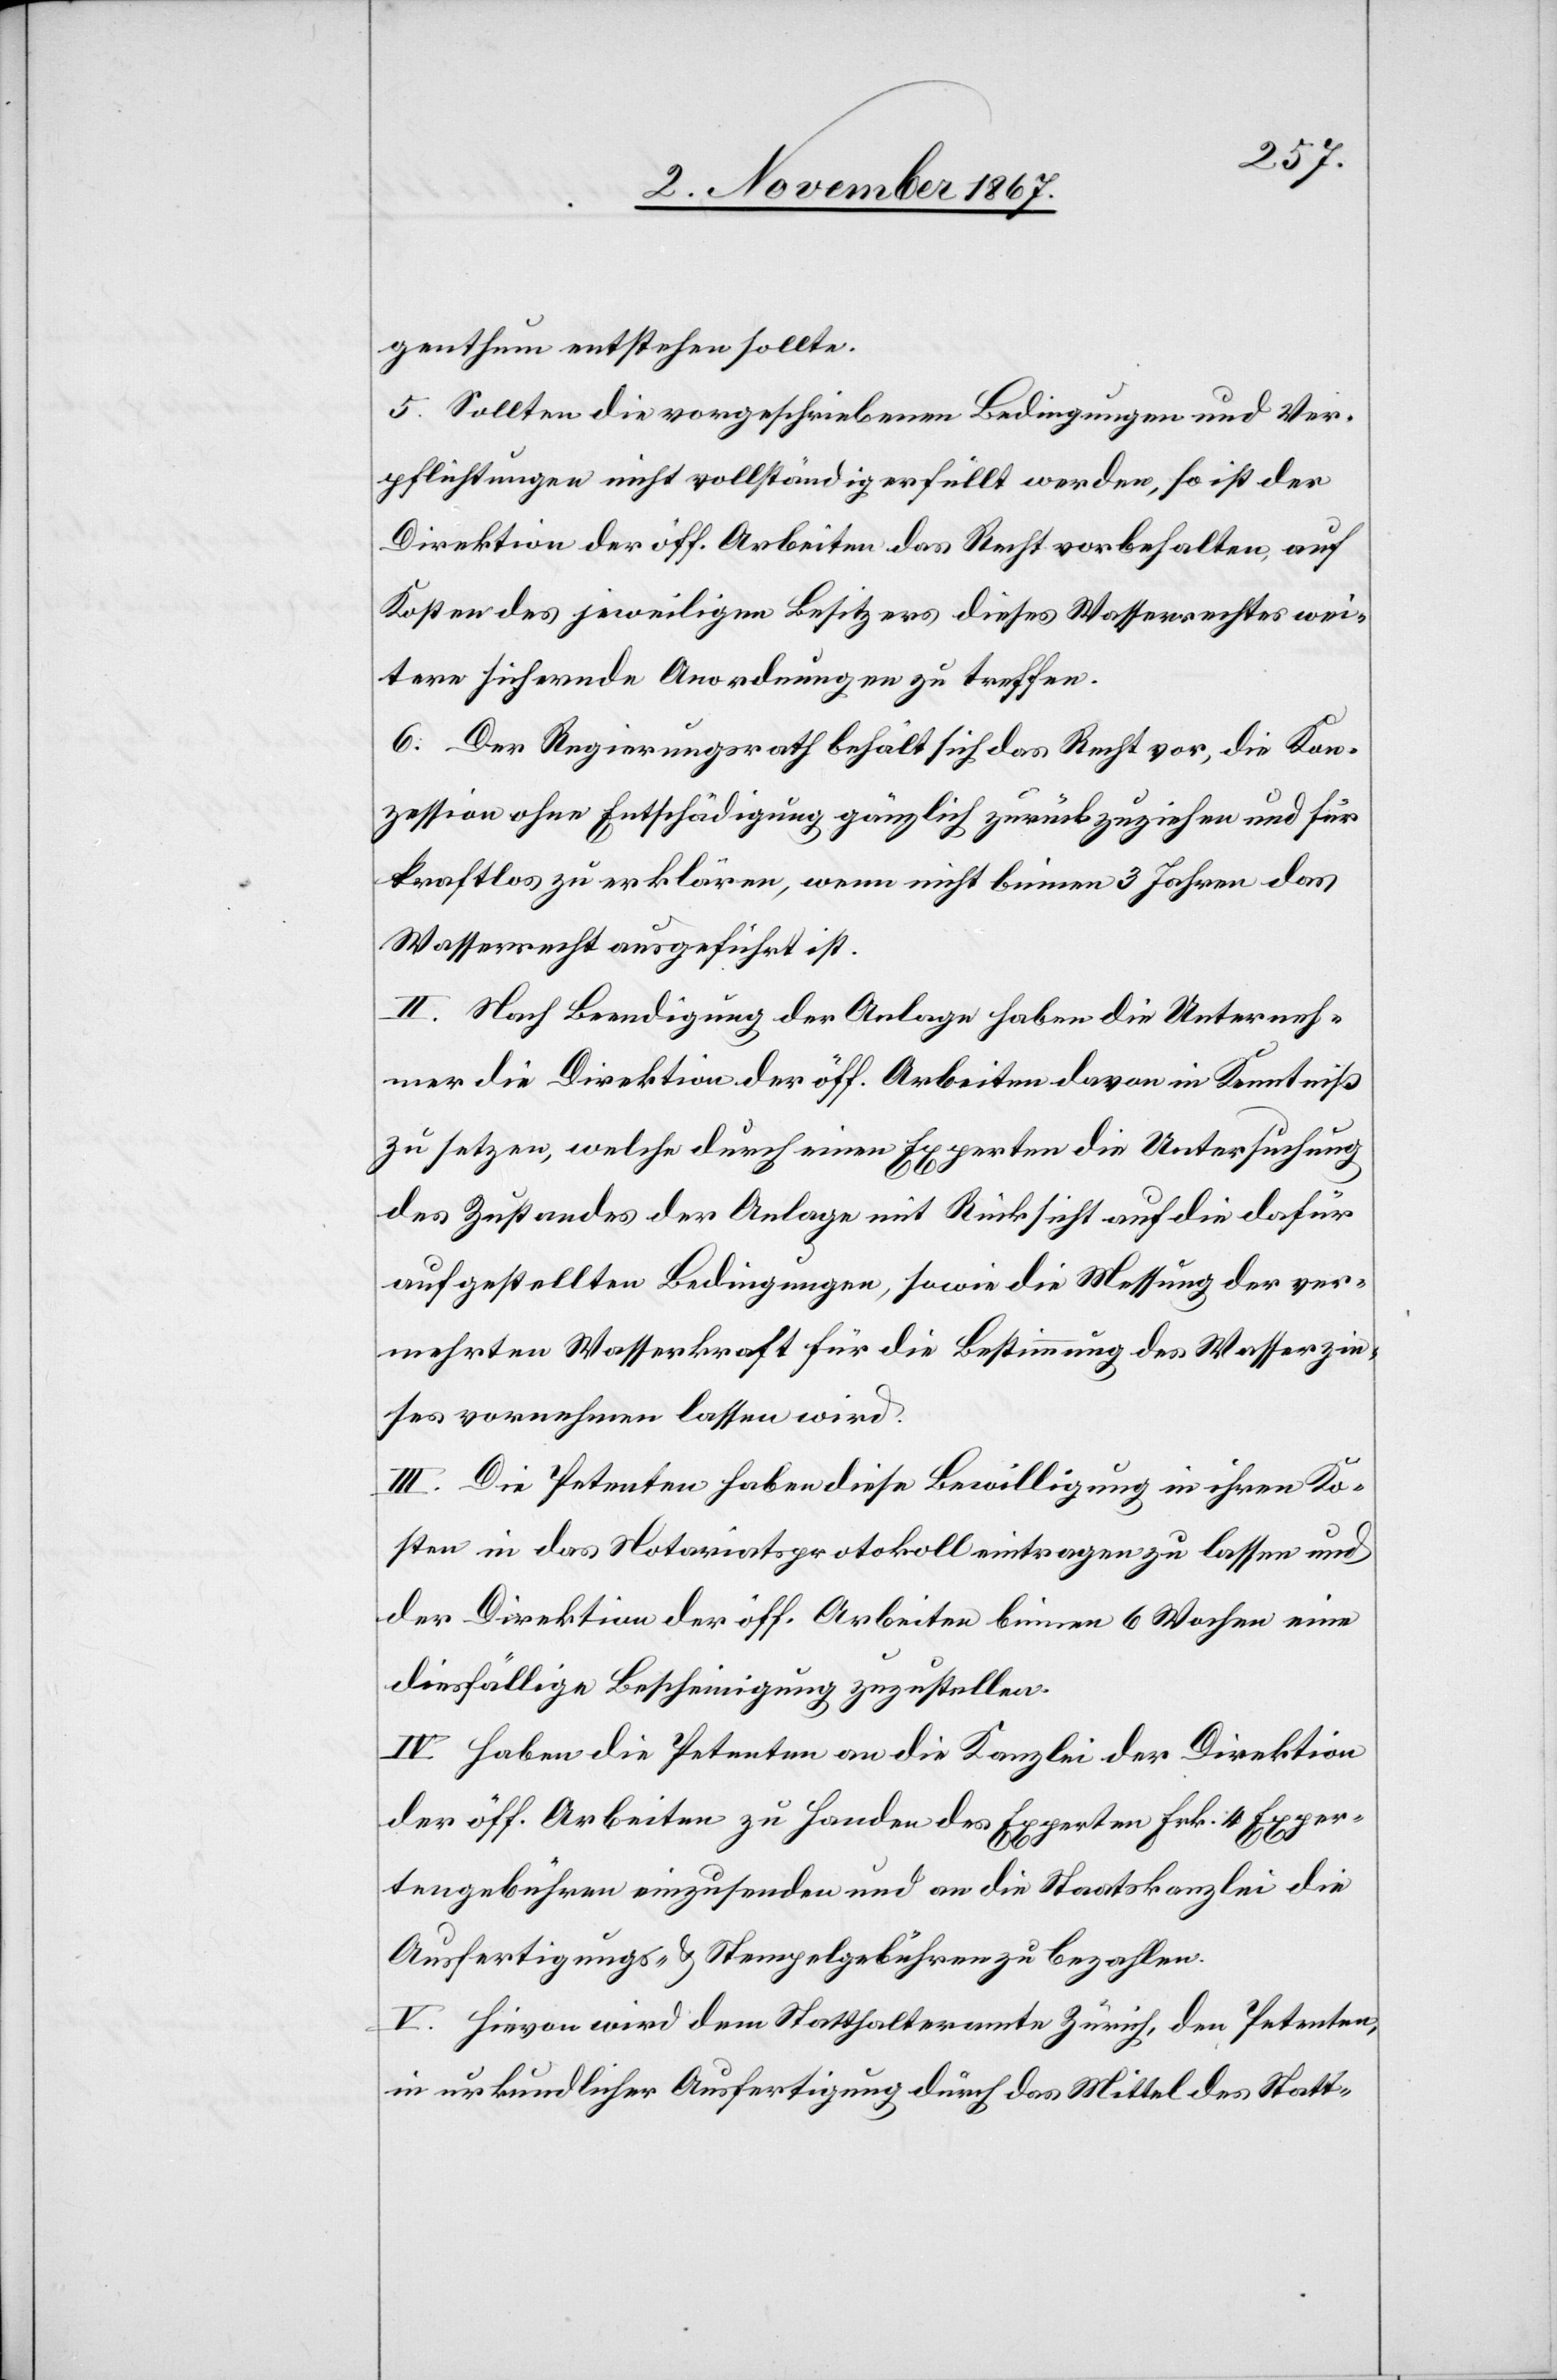
genthum entstehen sollte.
5. Sollten die vorgeschriebenen Bedingungen und Ver¬
pflichtungen nicht vollständig erfüllt werden, so ist der
Direktion der öff. Arbeiten das Recht vorbehalten, auf
Kosten des jeweiligen Besitzers dieses Wasserrechtes wei¬
tere sichernde Anordnungen zu treffen.
6. Der Regierungsrath behält sich das Recht vor, die Kon¬
zession ohne Entschädigung gänzlich zurückzuziehen und für
kraftlos zur erklären, wenn nicht binnen 3 Jahren das
Wasserrecht ausgeführt ist.
II. Nach Beendigung der Anlage haben die Unterneh¬
mer die Direktion der öff. Arbeiten davon in Kenntniß
zu setzen, welche durch einen Experten die Untersuchung
des Zustandes der Anlage mit Rücksicht auf die dafür
aufgestellten Bedingungen, sowie die Messung der ver¬
mehrten Wasserkraft für die Bestimmung des Wasserzin¬
ses vornehmen lassen wird.
III. Die Petenten haben diese Bewilligung in ihren Ko¬
sten in das Notariatsprotokoll eintragen zu lassen und
der Direktion der öff. Arbeiten binnen 6 Wochen eine
diesfällige Bescheinigung zuzustellen.
IV. Haben die Petenten an die Kanzlei der Direktion
der öff. Arbeiten zu Handen des Experten Frk. 4 Exper¬
tengebühren einzusenden und an die Staatskanzlei die
Ausfertigungs- u. Stempelgebühren zu bezahlen.
V. Hievon wird dem Statthalteramte Zürich, den Petenten
in urkundlicher Ausfertigung durch das Mittel des Statt-